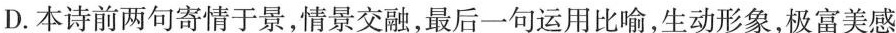
D.本诗前两句寄情于景，情景交融，最后一句运用比喻，生动形象，极富美感